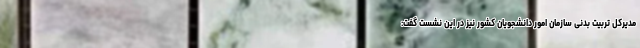
مدیرکل تربیت بدنی سازمان امور دانشجویان کشور نیز در این نشست گفت: